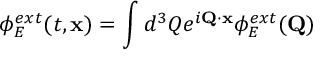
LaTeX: \phi _ { E } ^ { e x t } ( t , { \bf x } ) = \int d ^ { 3 } Q e ^ { i { \bf Q } \cdot { \bf x } } \phi _ { E } ^ { e x t } ( { \bf Q } )